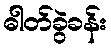
ဓါတ်ခွဲခန်း